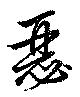
瑟